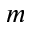
m